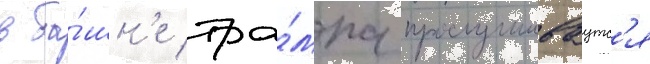
в ба́шн'е тра́мпа прослушиваутс'я